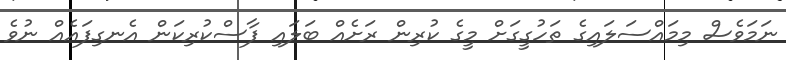
ނަމަވެސް މިމައްސަލައިގެ ތަހުގީގަށް މީގެ ކުރިން ރަށެއް ބަލައި ފާސްކުރިކަން އެނގިފައެއް ނުވެ